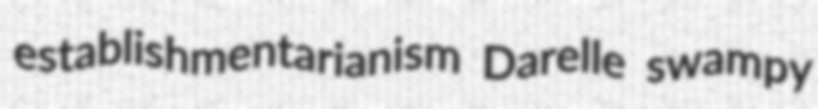
establishmentarianism Darelle swampy